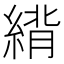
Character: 䋳